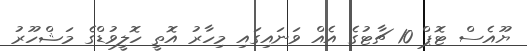
ޔޫއެސް ޓޮޕް 10 ޗާޓުގެ އެއް ވަނައިގައި މިހާރު އޮތީ ހޮލީވުޑްގެ މަޝްހޫރު